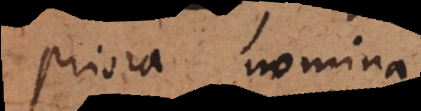
priora nomina